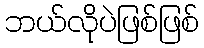
ဘယ်လိုပဲဖြစ်ဖြစ်